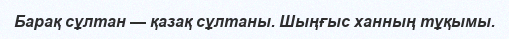
Барақ сұлтан — қазақ сұлтаны. Шыңғыс ханның тұқымы.